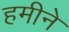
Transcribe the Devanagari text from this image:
हमीने